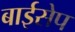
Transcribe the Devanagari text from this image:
बाईसेप